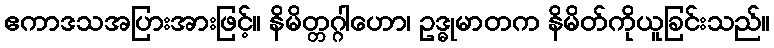
ဧကာဒသအပြားအားဖြင့်။ နိမိတ္တဂ္ဂါဟော၊ ဥဒ္ဓုမာတက နိမိတ်ကိုယူခြင်းသည်။